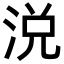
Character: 涚